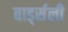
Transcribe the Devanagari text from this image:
बार्ड्सली